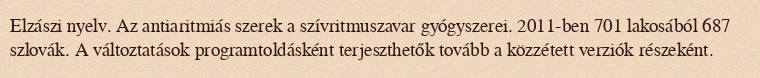
Elzászi nyelv. Az antiaritmiás szerek a szívritmuszavar gyógyszerei. 2011-ben 701 lakosából 687 szlovák. A változtatások programtoldásként terjeszthetők tovább a közzétett verziók részeként.